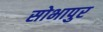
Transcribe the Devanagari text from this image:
सोभापुर